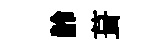
龄葺